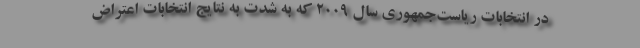
در انتخابات ریاست‌جمهوری سال 2009 که به شدت به نتایج انتخابات اعتراض